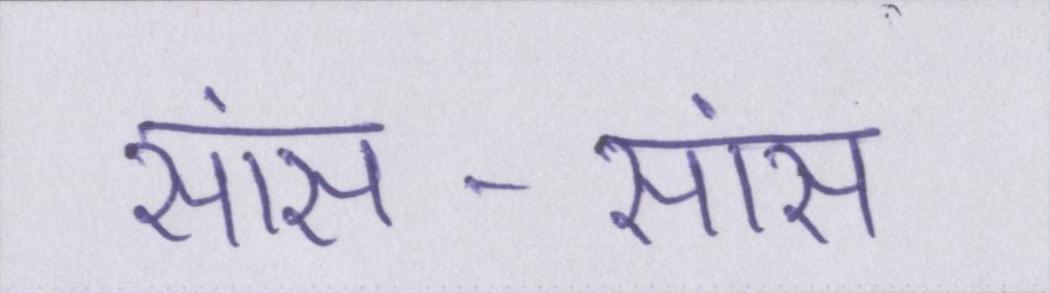
सांस-सांस